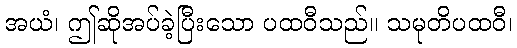
အယံ၊ ဤဆိုအပ်ခဲ့ပြီးသော ပထဝီသည်။ သမုတိပထဝီ၊